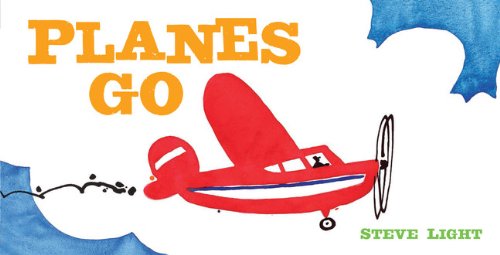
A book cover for Planes Go; Steve Light; Children's Books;